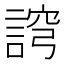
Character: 䛪